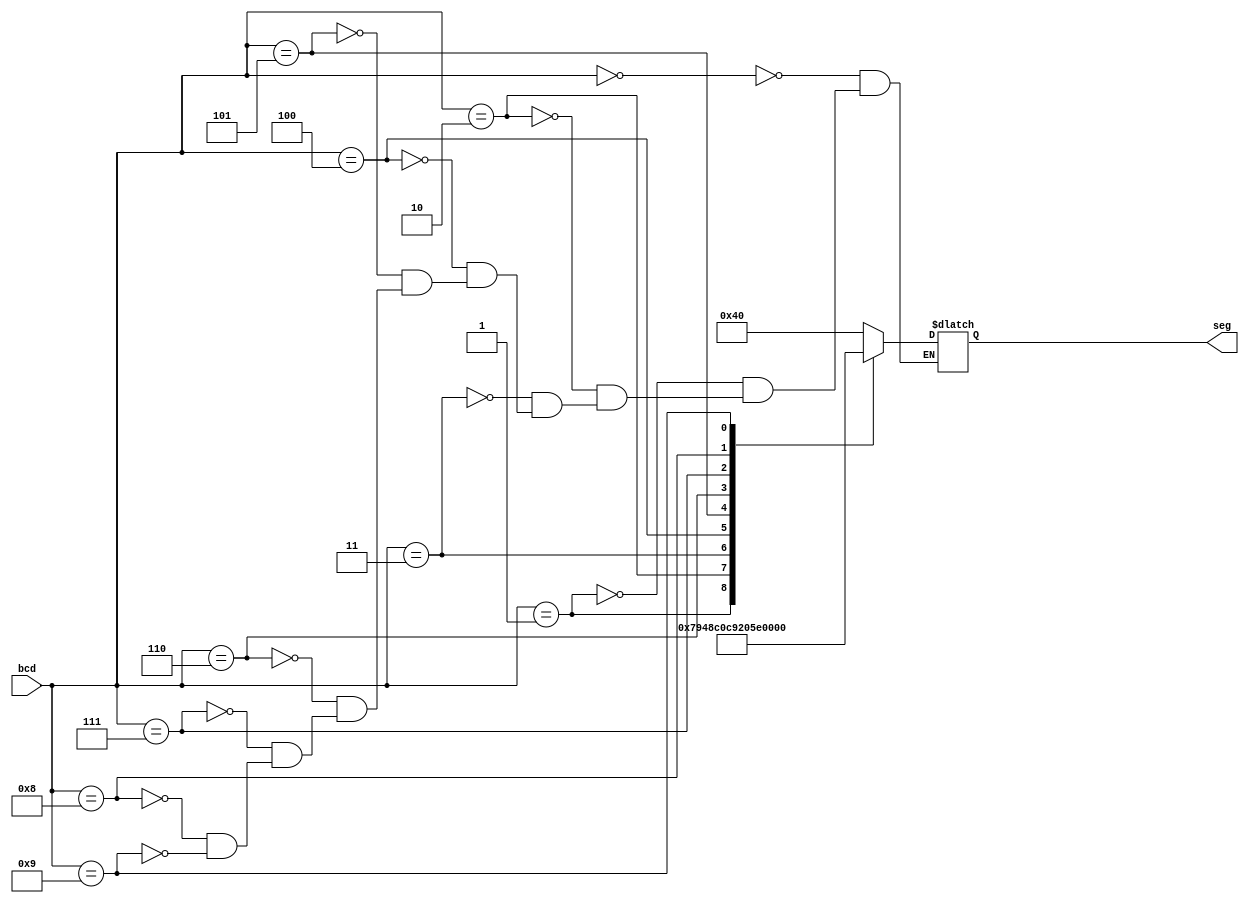

module sevenSegment(
input wire[3:0] bcd,
output reg [6:0] seg
);
always @(bcd)
    begin
        case (bcd) 
            0 : seg = 7'b1000000;
            1 : seg = 7'b1111001;
            2 : seg = 7'b0100100;   
            3 : seg = 7'b0110000;
            4 : seg = 7'b0011001; 
            5 : seg = 7'b0010010; 
            6 : seg = 7'b0000010; 
            7 : seg = 7'b1111000; 
            8 : seg = 7'b0000000;
            9 : seg = 7'b0010000;

            
            
        endcase
    end
    
endmodule